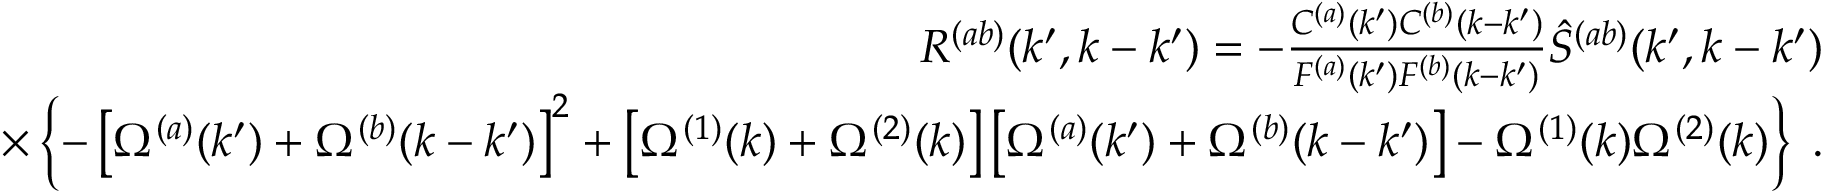
\begin{array} { r l r } & { } & { R ^ { ( a b ) } ( k ^ { \prime } , k - k ^ { \prime } ) = - \frac { C ^ { ( a ) } ( k ^ { \prime } ) C ^ { ( b ) } ( k - k ^ { \prime } ) } { F ^ { ( a ) } ( k ^ { \prime } ) F ^ { ( b ) } ( k - k ^ { \prime } ) } \hat { S } ^ { ( a b ) } ( k ^ { \prime } , k - k ^ { \prime } ) } \\ & { } & { \times \left\{ - \left[ \Omega ^ { ( a ) } ( k ^ { \prime } ) + \Omega ^ { ( b ) } ( k - k ^ { \prime } ) \right] ^ { 2 } + \left[ \Omega ^ { ( 1 ) } ( k ) + \Omega ^ { ( 2 ) } ( k ) \right] \left[ \Omega ^ { ( a ) } ( k ^ { \prime } ) + \Omega ^ { ( b ) } ( k - k ^ { \prime } ) \right] - \Omega ^ { ( 1 ) } ( k ) \Omega ^ { ( 2 ) } ( k ) \right\} \; . } \end{array}